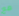
مع